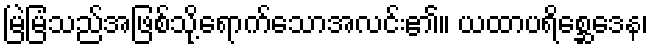
မြဲမြံသည်အဖြစ်သို့ရောက်သောအလင်း၏။ ယထာပရိစ္ဆေဒေန၊